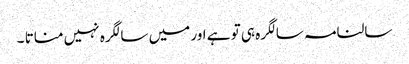
سالنامہ سالگرہ ہی تو ہے اور میں سالگرہ نہیں مناتا ۔